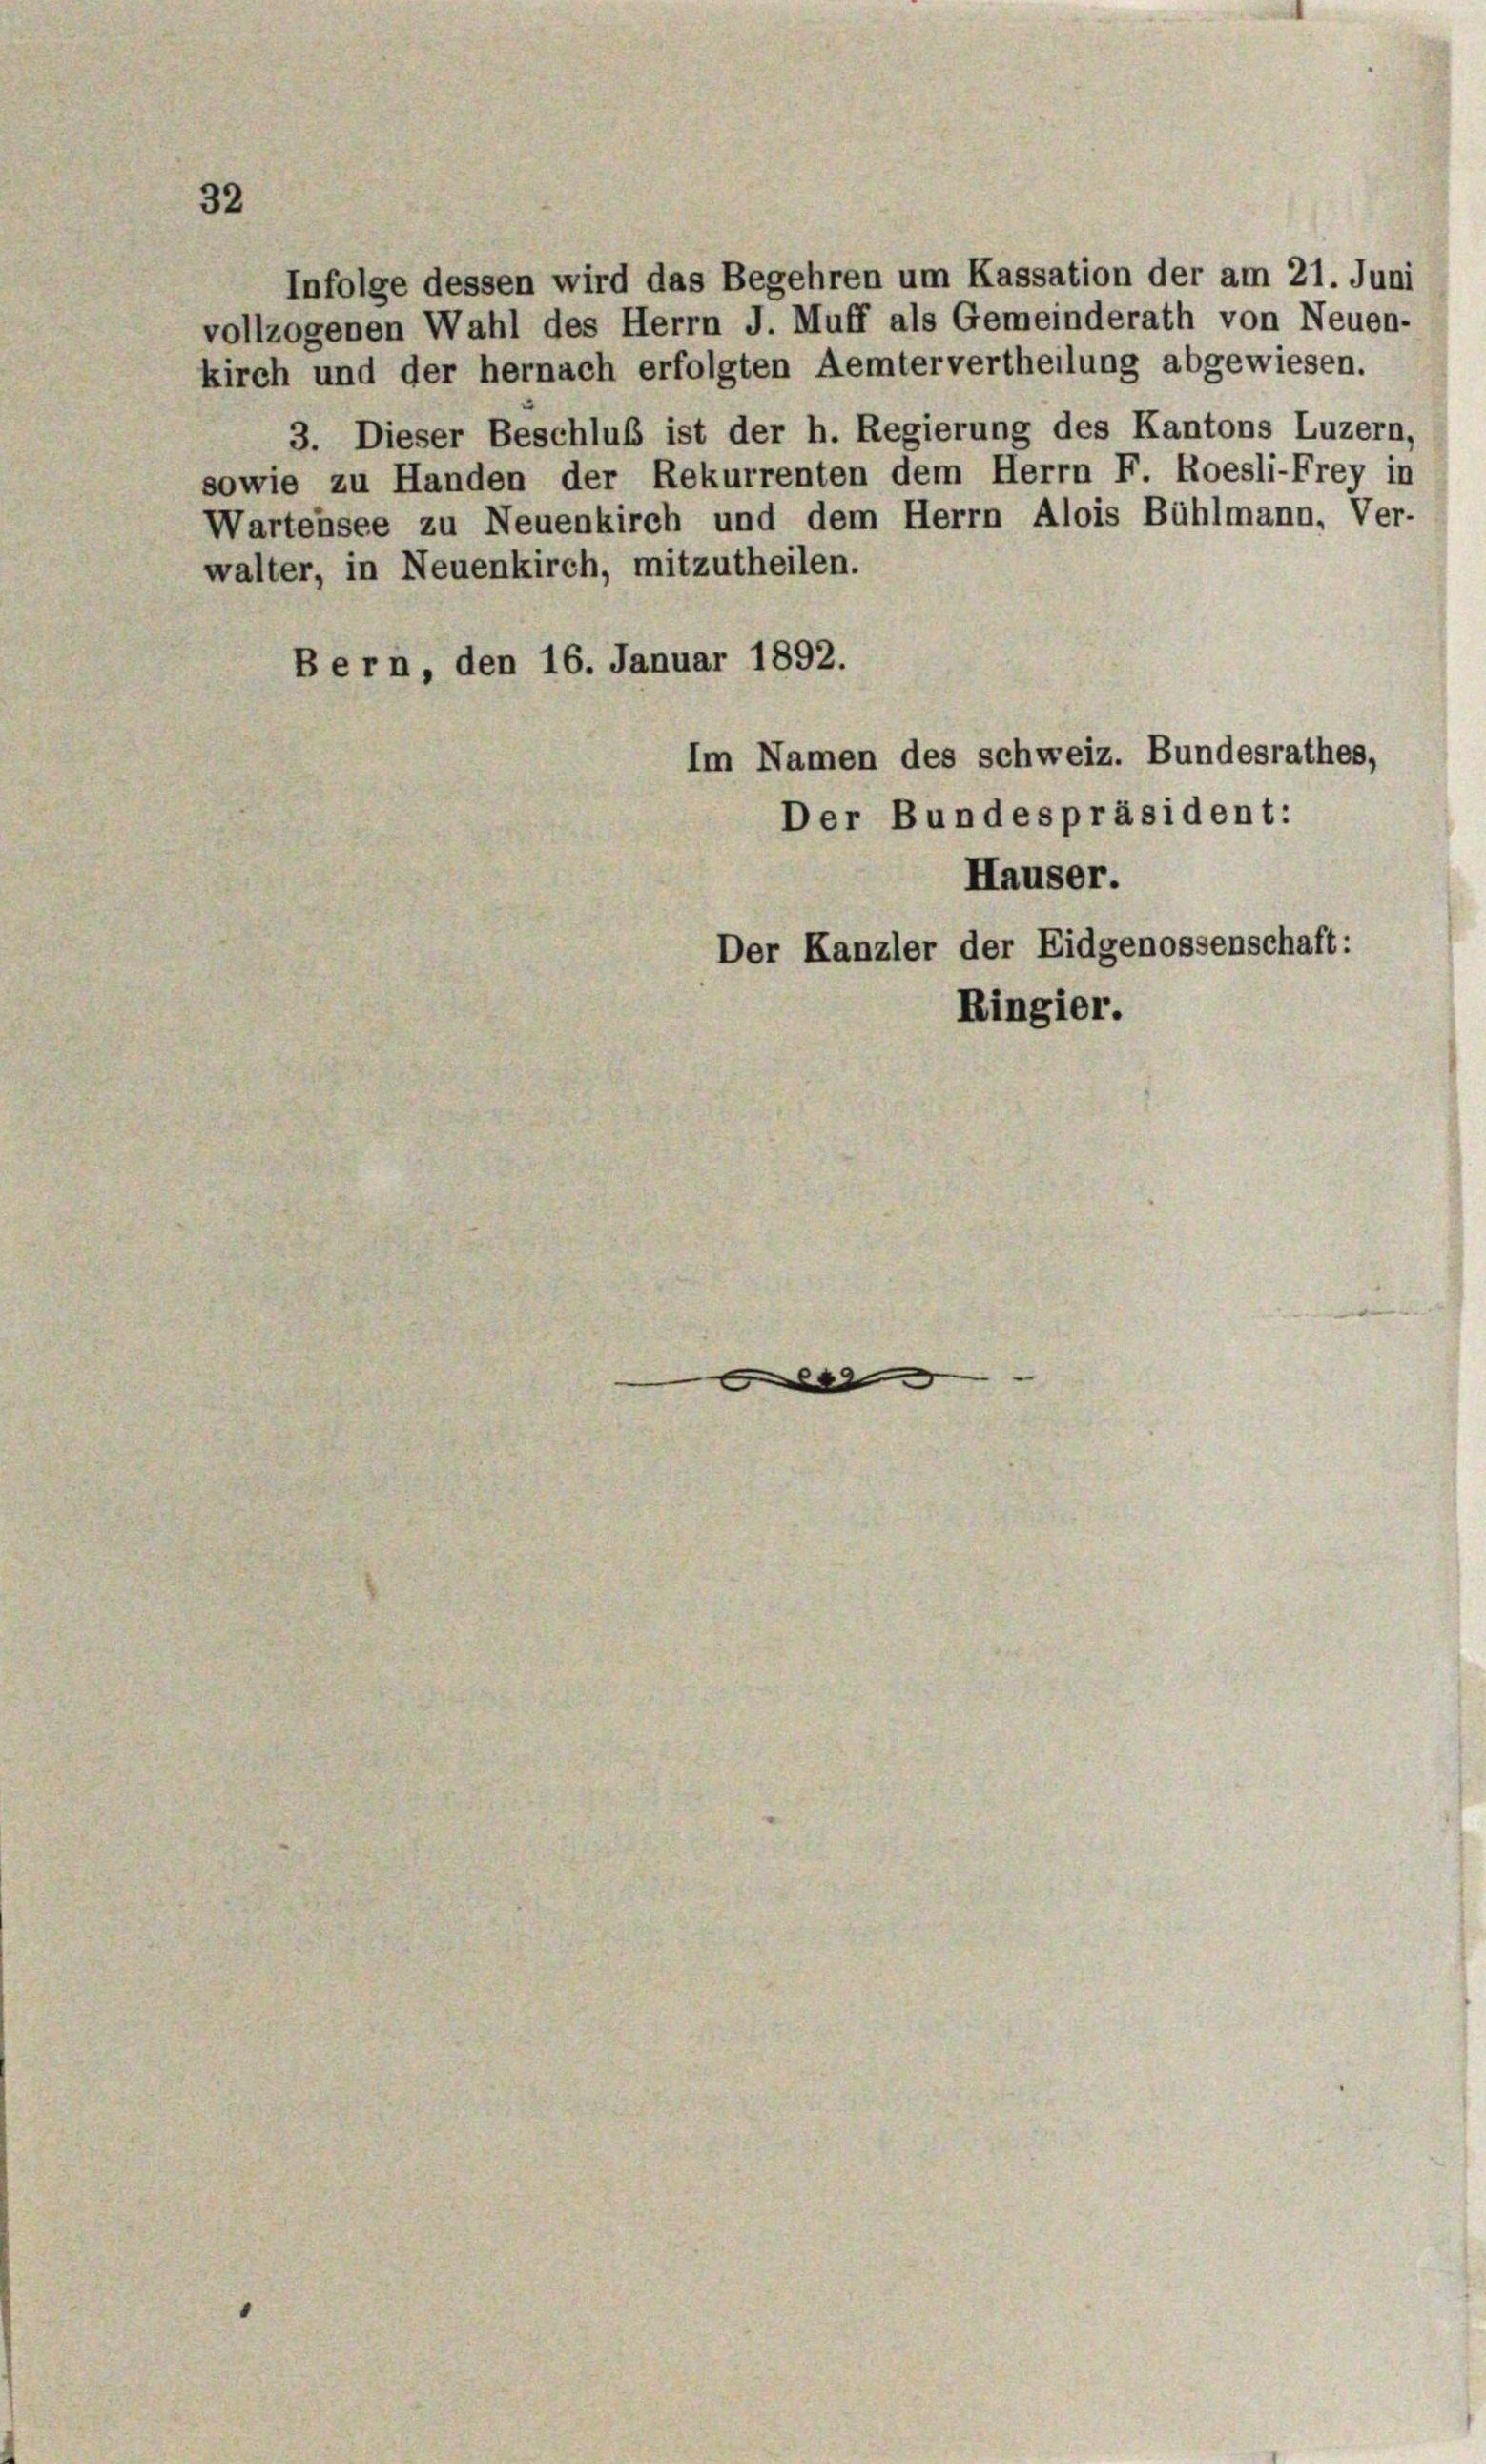
32

Infolge dessen wird das Begehren um Kassation der am 21. Juni
vollzogenen Wahl des Herrn J. Muff als Gemeinderath von Neuen-
kirch und der hernach erfolgten Aemtervertheilung abgewiesen.
3. Dieser Beschluß ist der h. Regierung des Kantons Luzern,
sowie zu Handen der Rekurrenten dem Herrn F. Roesli-Frey in
Wartensee zu Neuenkirch und dem Herrn Alois Bühlmann, Ver-
walter, in Neuenkirch, mitzutheilen.
Bern, den 16. Januar 1892.
Im Namen des schweiz. Bundesrathes,
Der Bundespräsident:
Hauser.
Der Kanzler der Eidgenossenschaft:

Ringier.